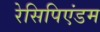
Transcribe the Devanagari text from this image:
रेसिपिएंडम